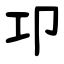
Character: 卭